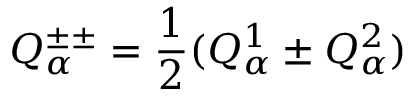
Q _ { \alpha } ^ { \pm \pm } = { \frac { 1 } { 2 } } ( Q _ { \alpha } ^ { 1 } \pm Q _ { \alpha } ^ { 2 } )